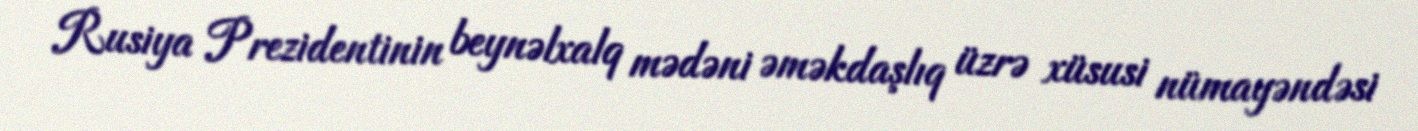
Rusiya Prezidentinin beynəlxalq mədəni əməkdaşlıq üzrə xüsusi nümayəndəsi